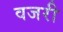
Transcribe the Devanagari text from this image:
वजरी